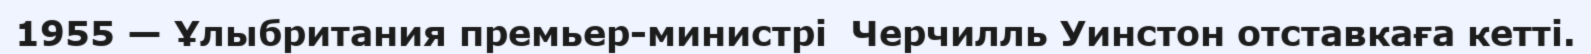
1955 — Ұлыбритания премьер-министрі  Черчилль Уинстон отставкаға кетті.